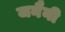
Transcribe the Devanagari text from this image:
जनैनी